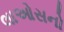
લાઓસનો